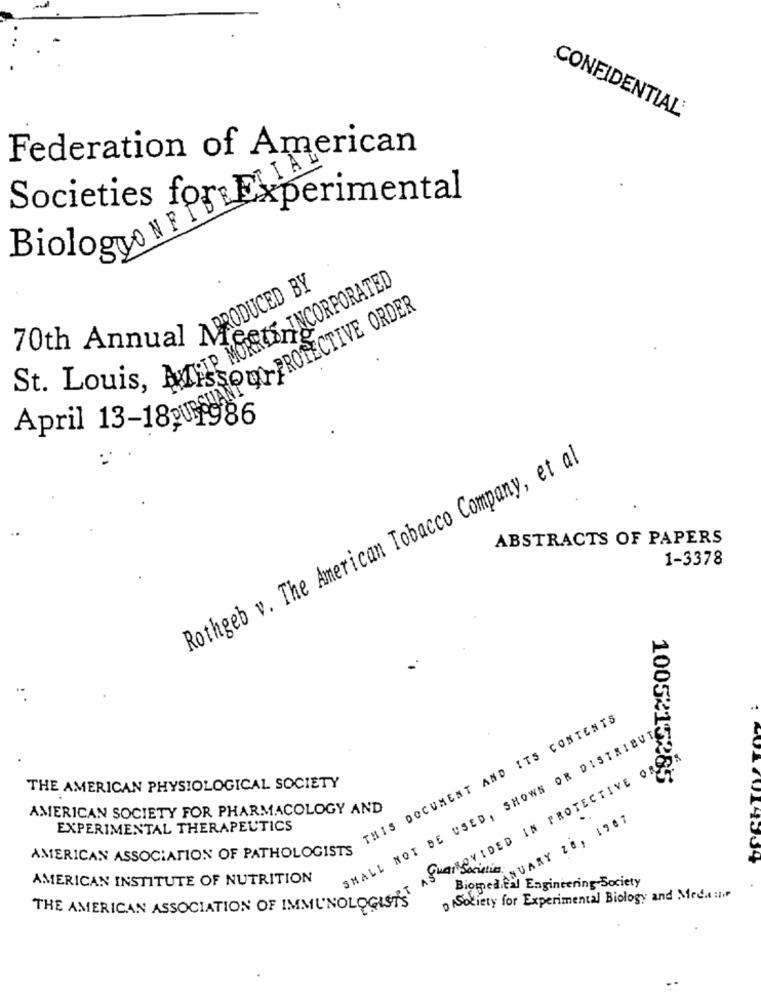
CONFIDENTIAL:
Federation of American
Societies fort BIA
experimental
Biologyo N FIB
IP MORRIS,INCORPORATED
70th Annual PRODUCED BY
St. Louis, ALISSO MY- PROTECTIVE ORDER
SUANT
April 13-1820 986
Rothgeb v. The American Tobacco Company, et al
ABSTRACTS OF PAPERS
1-3378
THIS DOCUMENT AND ITS CONTENTS
SHALL NOT BE USED, SHOWS OR DISTRIBUTE
ASLOROVIDED IN PROTECTIVE ORG
1005215265
THE AMERICAN PHYSIOLOGICAL SOCIETY
AMERICAN SOCIETY FOR PHARMACOLOGY AND
ANUARY ZE, 1987
EXPERIMENTAL THERAPEUTICS
AMERICAN ASSOCIATION OF PATHOLOGISTS
AMERICAN INSTITUTE OF NUTRITION
Biomedical Engineering Society
Society for Experimental Biology and Meda :nie
THE AMERICAN ASSOCIATION OF IMMUNOLOGISTS